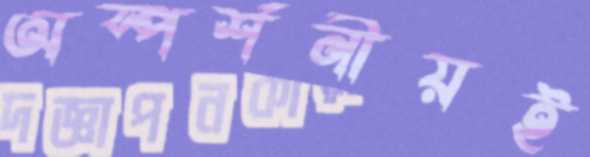
অস্পর্শনীয়ই